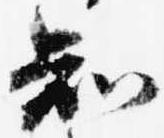
知